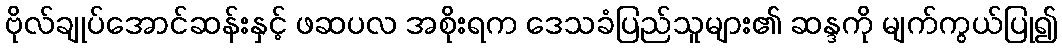
ဗိုလ်ချုပ်အောင်ဆန်းနှင့် ဖဆပလ အစိုးရက ဒေသခံပြည်သူများ၏ ဆန္ဒကို မျက်ကွယ်ပြု၍